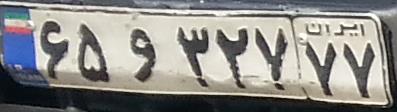
۶۵و۳۲۷۷۷